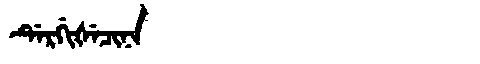
Manchu: ᡩᡝᡵᡤᡳᡧᡝᠴᡳᠨᠠ
Romanization: DERGIŠECINA